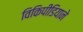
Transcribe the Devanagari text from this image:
विकिपीडियाने